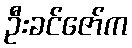
ဦးခင်ဇော်က